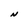
Character: N